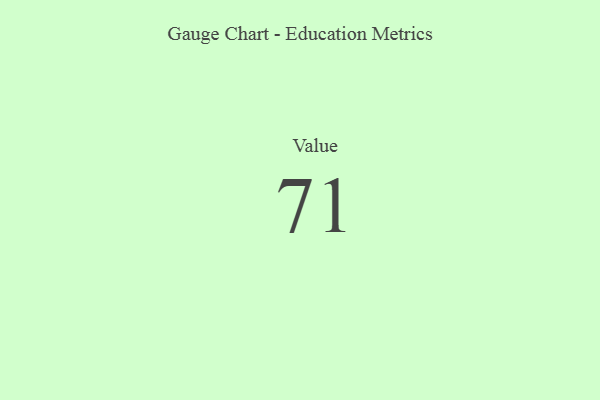
{"axis": {"x": "Metric", "y": "Value"}, "legend": [""], "data": [{"x": "Value", "y": 71, "type": ""}]}